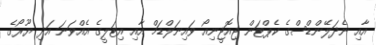
އާއި ނެދަލޭންޑްސްގެ ކެޕްޓަން ޖިއޮޖީނިއޯ ވައިނަލްޑަމް އާއި އިޓަލީގެ އެއްްވަނަ އަދި ޔޫރޯގެ